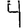
Digit: 4